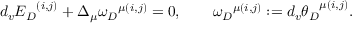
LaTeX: d _ { v } { { \cal E } _ { D } } ^ { ( i , j ) } + \Delta _ { \mu } { \omega _ { D } } ^ { \mu ( i , j ) } = 0 , \qquad { \omega _ { D } } ^ { \mu ( i , j ) } : = d _ { v } { \theta _ { D } } ^ { \mu ( i , j ) } .